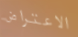
الاعتراض